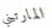
المارتيني